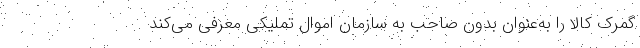
گمرک کالا را به‌عنوان بدون صاحب به سازمان اموال تملیکی معرفی می‌کند